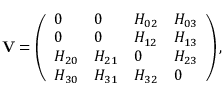
\mathbf { V } = \left( \begin{array} { l l l l } { 0 } & { 0 } & { H _ { 0 2 } } & { H _ { 0 3 } } \\ { 0 } & { 0 } & { H _ { 1 2 } } & { H _ { 1 3 } } \\ { H _ { 2 0 } } & { H _ { 2 1 } } & { 0 } & { H _ { 2 3 } } \\ { H _ { 3 0 } } & { H _ { 3 1 } } & { H _ { 3 2 } } & { 0 } \end{array} \right) ,